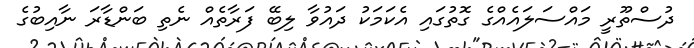
ދުސްތޫރީ މައްސަލައެއްގެ ގޮތުގައި އެކަމަކު ދައުވާ ލިބޭ ފަރާތެއް ނެތި ބަންޑާރަ ނާއިބުގެ